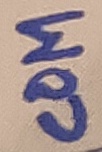
Text: COM